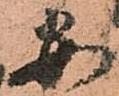
安